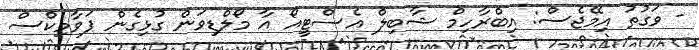
- ވަގުތު އިމޭޖެސް: އިބްރާހިމް ޝާބިލް އެސްޓީއޯ އާ މޯލްޑިވަން ގުޅިގެން ޕަވާމިކްސް